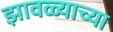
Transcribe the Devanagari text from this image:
झावळ्याच्या